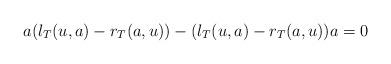
LaTeX: \begin{align*}a (l_T (u,a) - r_T (a, u)) - (l_T (u, a) - r_T (a, u)) a = 0\end{align*}